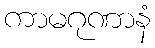
ကာမဂုဏာနံ